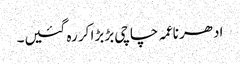
ادھر ناعمہ چاچی بڑبڑا کر رہ گئیں۔